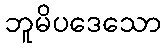
ဘူမိပဒေသော